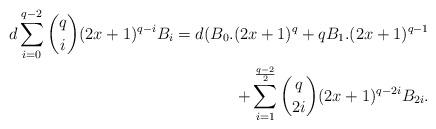
LaTeX: \begin{align*} \begin{aligned}d\sum\limits_{i=0}^{q-2}\binom {q} {i}(2x+1)^{q-i}B_{i}=d(B_{0}.(2x+1)^{q}+qB_{1}.(2x+1)^{q-1}\\+\sum\limits_{i=1}^{\frac{q-2}{2}}\binom {q} {2i}(2x+1)^{q-2i}B_{2i}.\end{aligned}\end{align*}